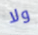
ولا